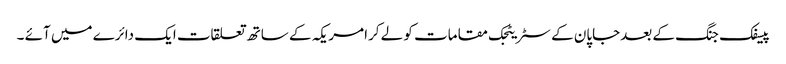
پیسفک جنگ کے بعدجاپان کے سٹریٹجک مقامات کو لے کرامریکہ کے ساتھ تعلقات ایک دائرے میں آئے ۔